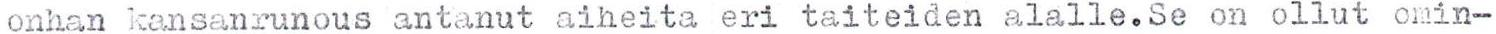
onhan kansanrunous antanut aiheita eri taiteiden alalle.Se on ollut omin-